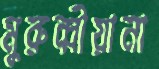
মুরুব্বীয়ানা